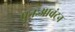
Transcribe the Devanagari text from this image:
पुनःआवंटन